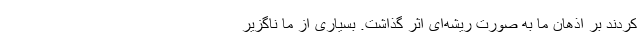
‌کردند بر اذهان ما به صورت ریشه‌ای اثر گذاشت. بسیاری از ما ناگزیر